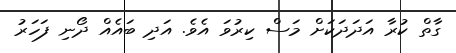
ގާތް ކުރާ އަދަދަކަށް މަސް ކިރުވަ އެވެ. އަދި ބައެއް ދޯނި ފަހަރު